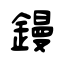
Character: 鏝